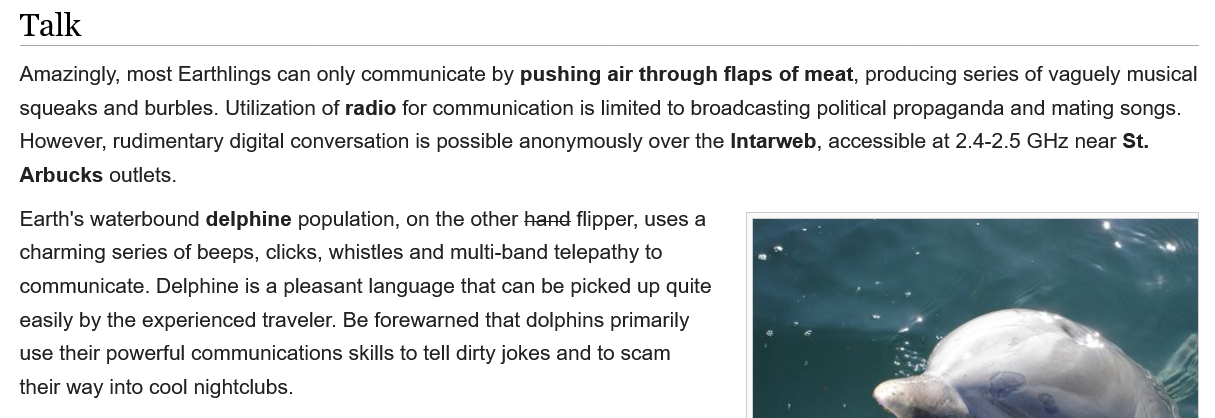
Talk

  Amazingly, most Earthlings can only communicate by pushing air through flaps of meat, producing series of vaguely musical
  squeaks and burbles. Utilization of radio for communication is limited to broadcasting political propaganda and mating songs.
  However, rudimentary digital conversation is possible anonymously over the Intarweb, accessible at 2.4-2.5 GHz near St.
  Arbucks outlets.
  Earth's waterbound delphine population, on the other hand flipper, uses a
  charming series of beeps, clicks, whistles and multi-band telepathy to
  communicate. Delphine is a pleasant language that can be picked up quite
  easily by the experienced traveler. Be forewarned that dolphins primarily
  use their powerful communications skills to tell dirty jokes and to scam
  their way into cool nightclubs.